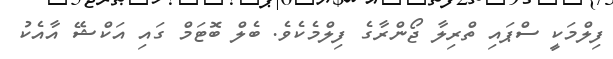
ފިލްމަކީ ސްޕައި ތްރިލާ ޖޯންރާގެ ފިލްމެކެވެ. ބެލް ބޮޓަމް ގައި އަކްޝޭ އާއެކު